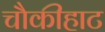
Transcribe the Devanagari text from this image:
चौकीहाट